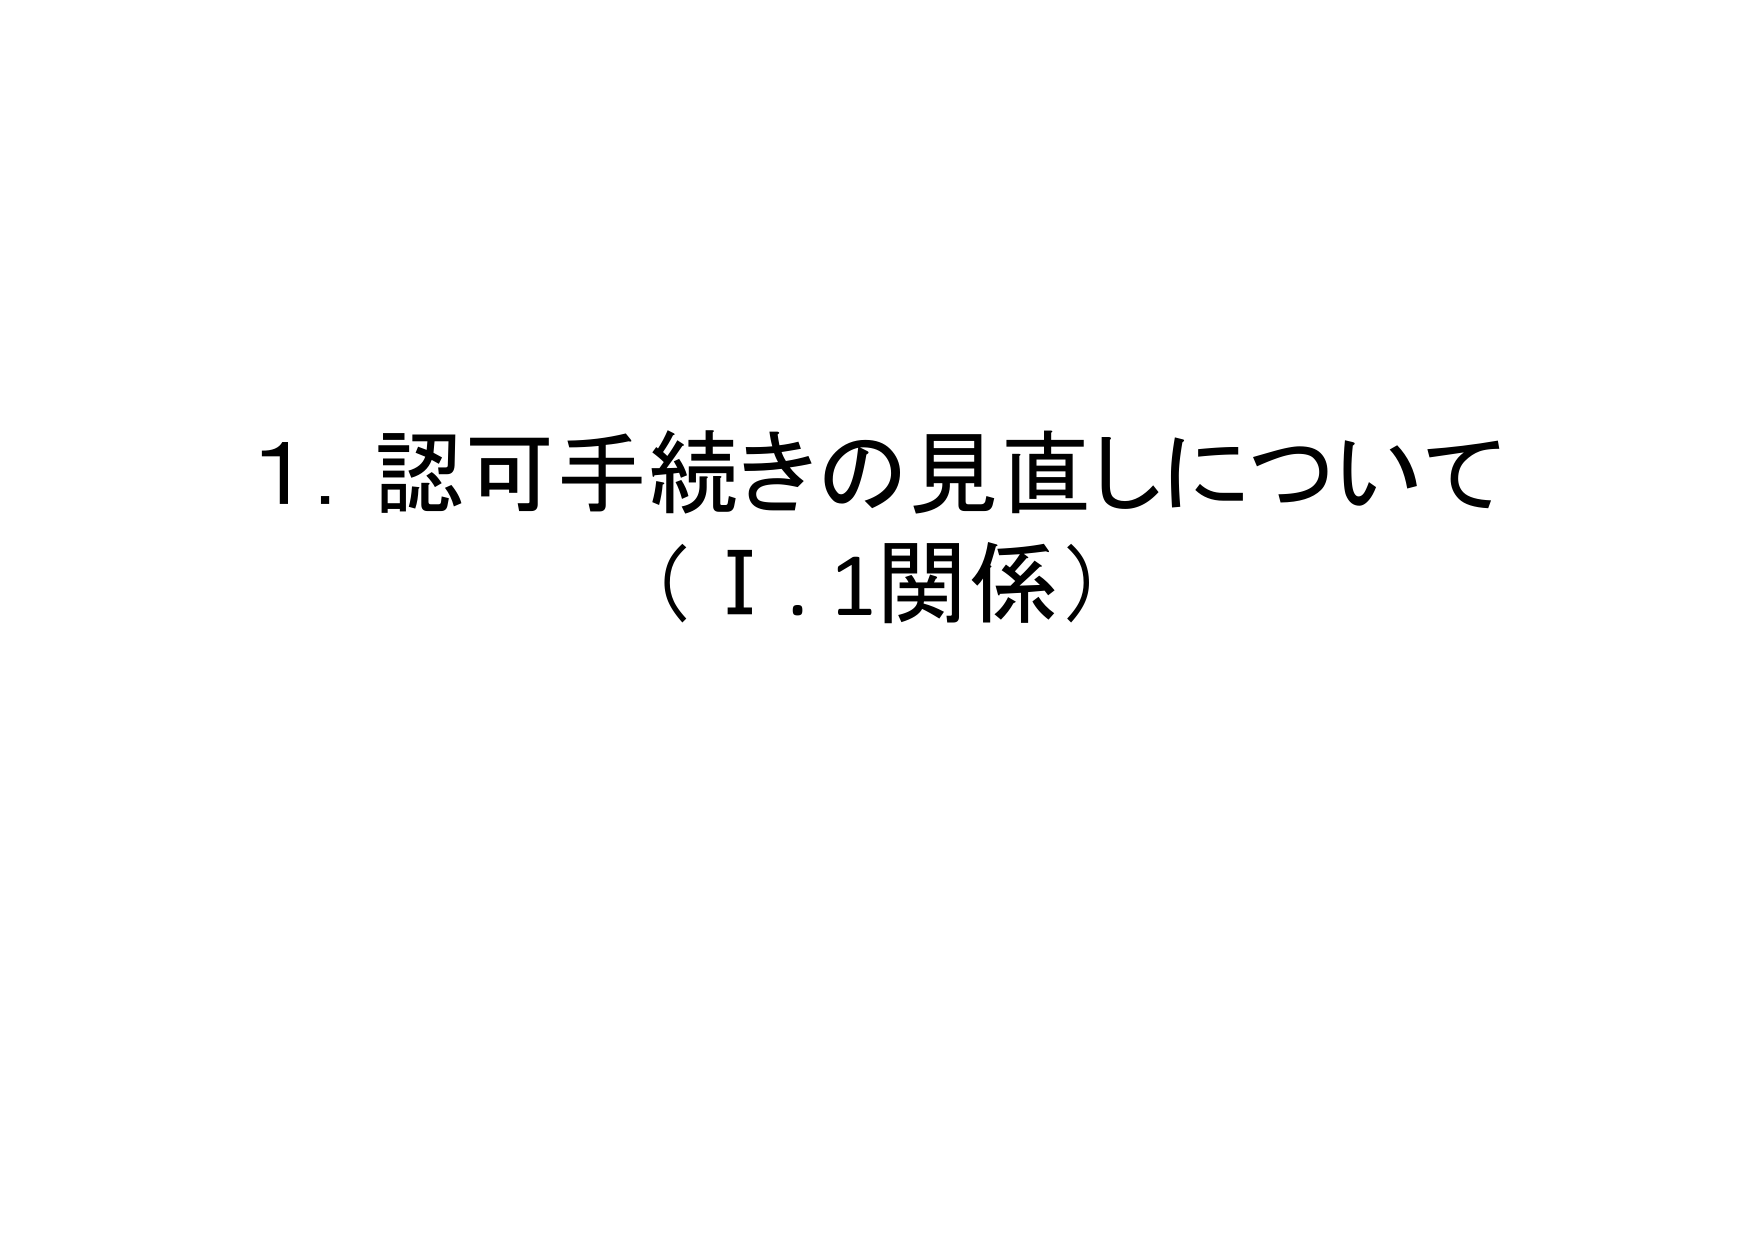
1. 認可手続きの見直しについて
（Ⅰ.1関係）